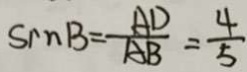
\sin B = \frac { A D } { A B } = \frac { 4 } { 5 }